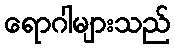
ရောဂါများသည်